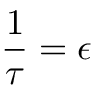
\frac { 1 } { \tau } = \epsilon